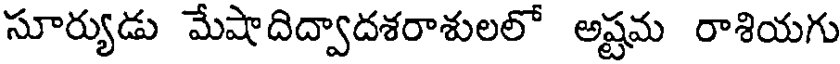
సూర్యుడు మేషాదిద్వాదశరాశులలో అష్టమ రాశియగు